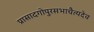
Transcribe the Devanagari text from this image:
प्रासादगोपुरसभाचैत्यदेव